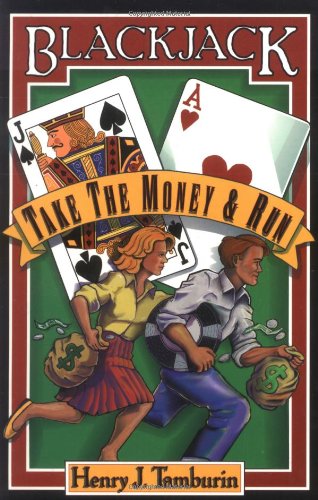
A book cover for Blackjack: Take the Money and Run; Henry J Tamburin; Humor & Entertainment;